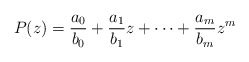
\begin{align*}P(z)=\frac{a_{0}}{b_{0}}+\frac{a_{1}}{b_{1}}z+\cdots+\frac{a_{m}}{b_{m}}z^{m}\end{align*}